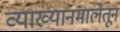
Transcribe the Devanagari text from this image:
व्याख्यानमालेतून